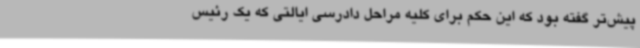
پیش‌تر گفته بود که این حکم برای کلیه مراحل دادرسی ایالتی که یک رئیس